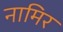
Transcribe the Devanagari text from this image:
नामिर